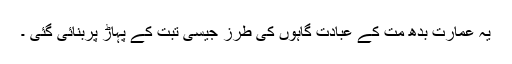
یہ عمارت بدھ مت کے عبادت گاہوں کی طرز جیسی تبت کے پہاڑ پربنائی گئی ۔